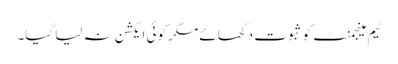
ٹیم مینجمنٹ کو ثبوت دکھائے مگر کوئی ایکشن نہ لیا گیا۔